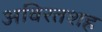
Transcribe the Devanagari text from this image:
अविरतशह